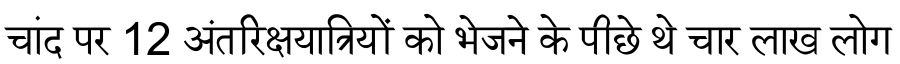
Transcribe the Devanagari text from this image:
चांद पर 12 अंतरिक्षयात्रियों को भेजने के पीछे थे चार लाख लोग